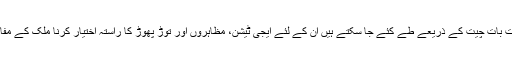
جو معاملات بات چیت کے ذریعے طے کئے جا سکتے ہیں ان کے لئے ایجی ٹیشن، مظاہروں اور توڑ پھوڑ کا راستہ اختیار کرنا ملک کے مفاد میں نہیں۔